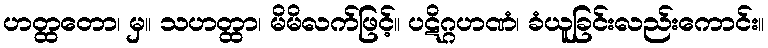
ဟတ္ထတော၊ မှ။ သဟတ္ထာ၊ မိမိလက်ဖြင့်။ ပဋိဂ္ဂဟဏံ၊ ခံယူခြင်းလည်းကောင်း။